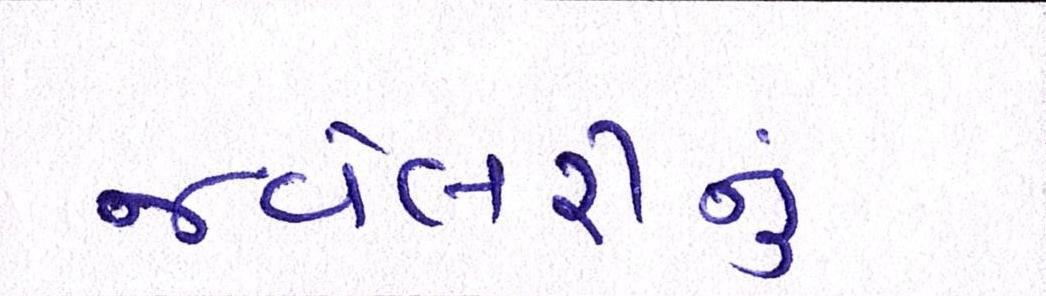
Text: જવેલરીનું